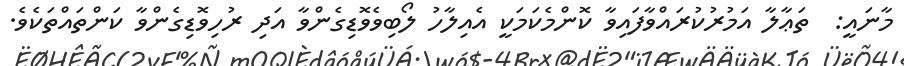
މާނައީ:  ތަޢާލާ އަމުރުކުރައްވާފައިވާ ކޮންމެކަމަކީ އެއިލާހު ލޯބިވެވޮޑިގެންވާ އަދި ރުހިވޮޑިގެންވާ ކަންތައްތަކެވެ.